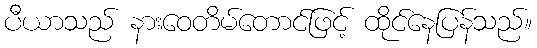
ပီယာသည် နားဝေတိမ်တောင်ဖြင့် ထိုင်နေပြန်သည်။